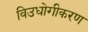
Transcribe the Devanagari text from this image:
विउधोगीकरण